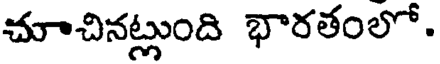
చూచినట్లుంది భారతంలో.